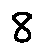
8